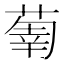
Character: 𦵳